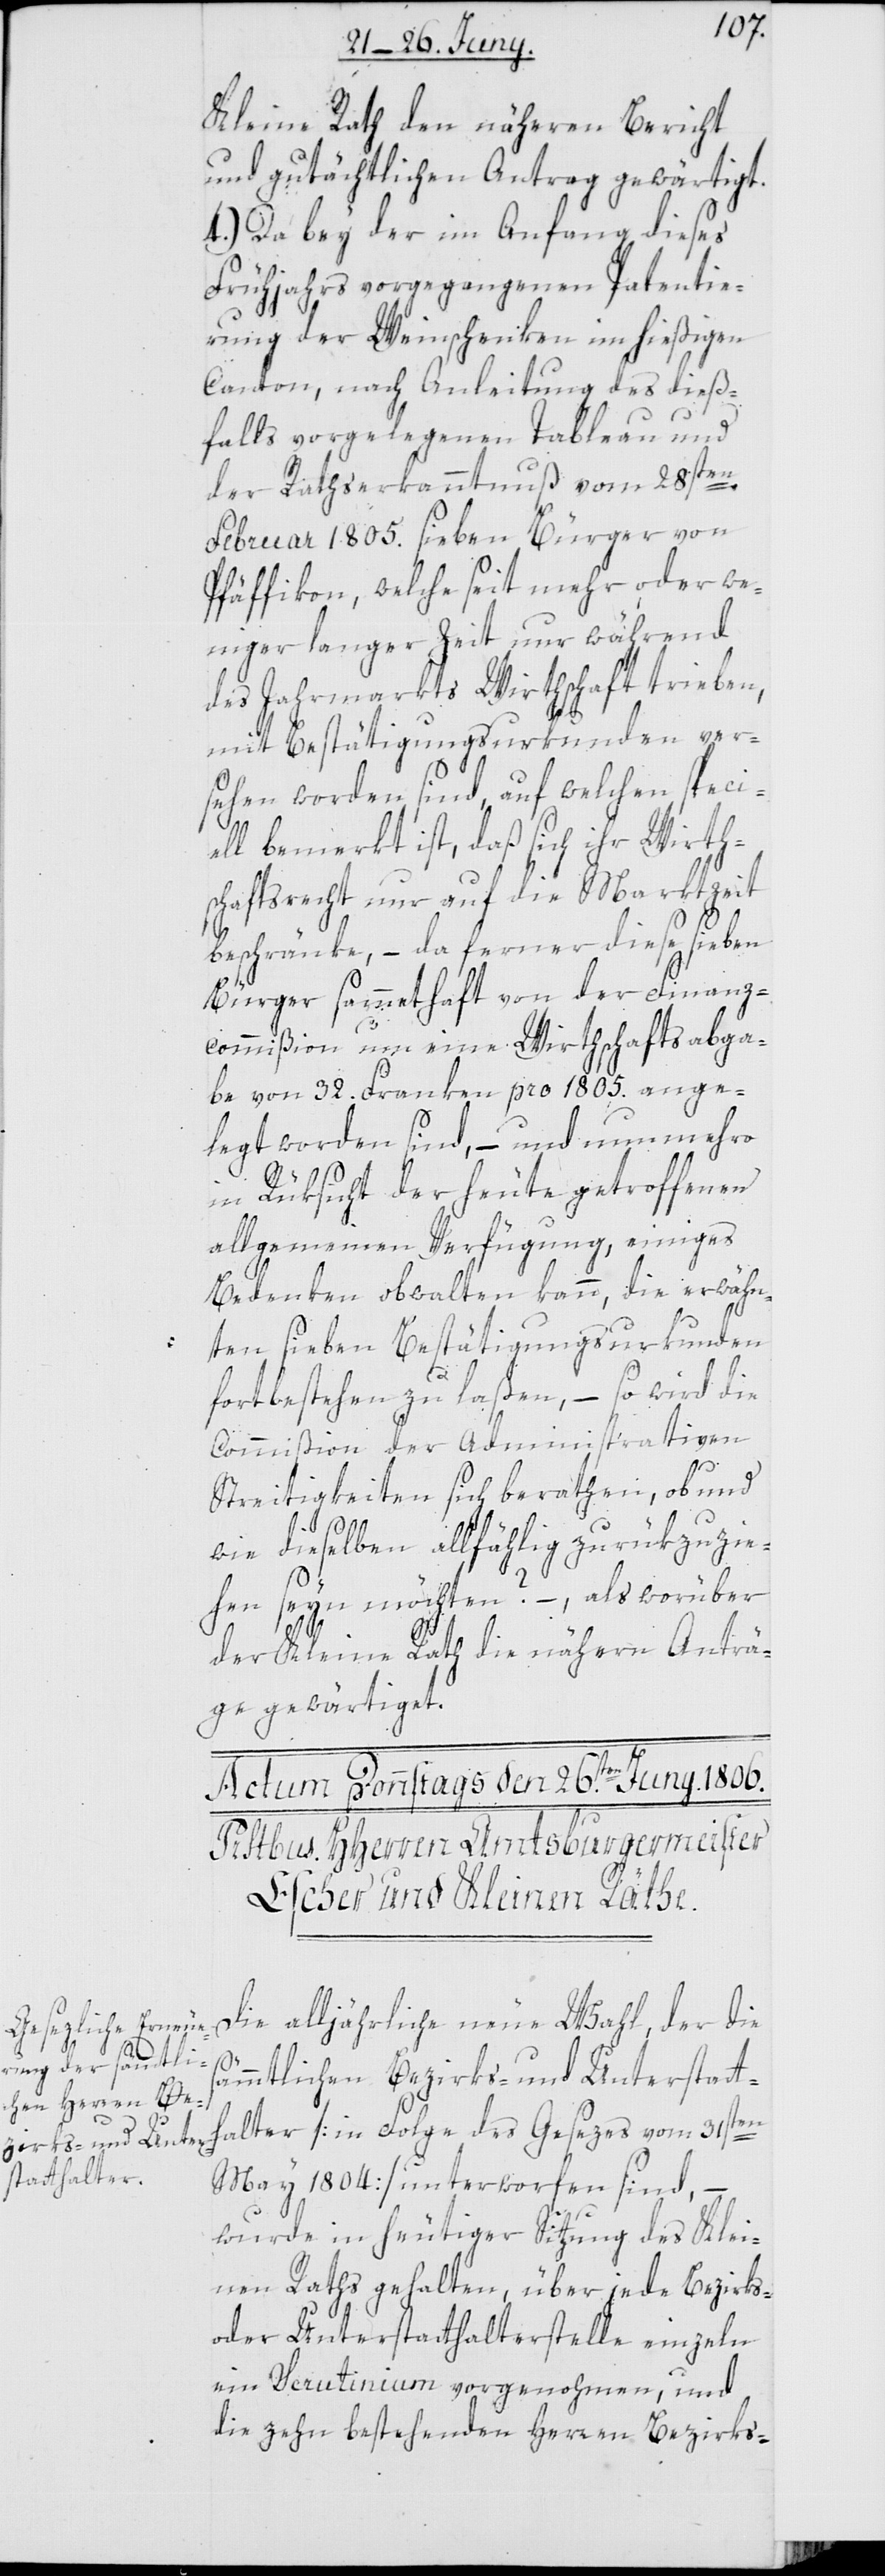
Kleine Rath den näheren Bericht
und gutächtlichen Antrag gewärtigt.
4.) Da bey der im Anfang dieses
Frühjahrs vorgegangenen Patentie¬
rung der Weinschenken im hießigen
Canton, nach Anleitung des dieß¬
falls vorgelegenen Tableau und
der Rathserkanntnuß vom 28sten
Februar 1805. sieben Bürger von
Pfäffikon, welche seit mehr oder we¬
niger langer Zeit nur während
des Jahrmarkts Wirthschaft trieben,
mit Bestätigungsurkunden ver¬
sehen worden sind, auf welchen specie¬
ll bemerkt ist, daß sich ihr Wirth¬
schaftsrecht nur auf die Marktzeit
beschränke, – da ferner diese sieben
Bürger sammethaft von der Finanz¬
commißion um eine Wirthschaftsabga¬
be von 32. Franken pro 1805. ange¬
legt worden sind, – und nunmehro
in Rüksicht der heute getroffenen
allgemeinen Verfügung, einiges
Bedenken obwalten kann, die erwähn¬
ten sieben Bestätigungsurkunden
s¬
fortbestehen zu laßen, – so wird die
Commißion der Administrativen
Streitigkeiten sich berathen, ob und
wie dieselben allfählig zurükzuzie¬
hen seyn möchten? – als worüber
der Kleine Rath die nähern Anträ¬
ge gewärtigt.
Die alljährliche neue Wahl, der die
ämmtlichen Bezirks- und Unterstatt¬
halter [in Folge des Gesezes vom 31sten
May 1804] unterworfen sind, –
wurde in heutiger Sitzung des Klei¬
nen Raths gehalten, über jede Bezirks-
oder Unterstatthalterstelle einzeln
ein Scrutinium vorgenohmen, und
die zehn bestehenden Herren Bezirks-